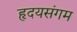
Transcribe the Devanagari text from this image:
हृदयसंगम